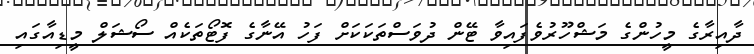
ދާއިރާގެ މީހުންގެ މަޝްހޫރުވެފައިވާ ޓޭން ދުވަސްތަކަކަށް ފަހު އޭނާގެ ފޮޓޯތަކެއް ސޯޝަލް މީޑިއާގައި